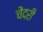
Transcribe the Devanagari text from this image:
चेंदरी